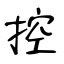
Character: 控